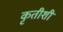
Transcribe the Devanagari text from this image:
कृतीशी